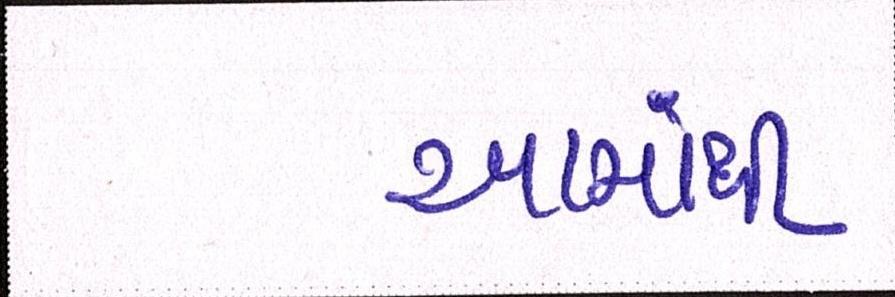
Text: આમાંથી